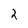
Character: 2